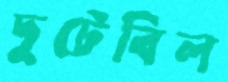
দুটেবিল